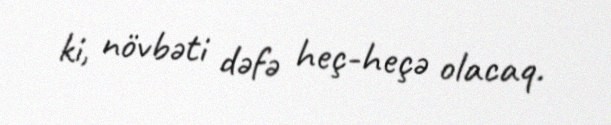
ki, növbəti dəfə heç-heçə olacaq.